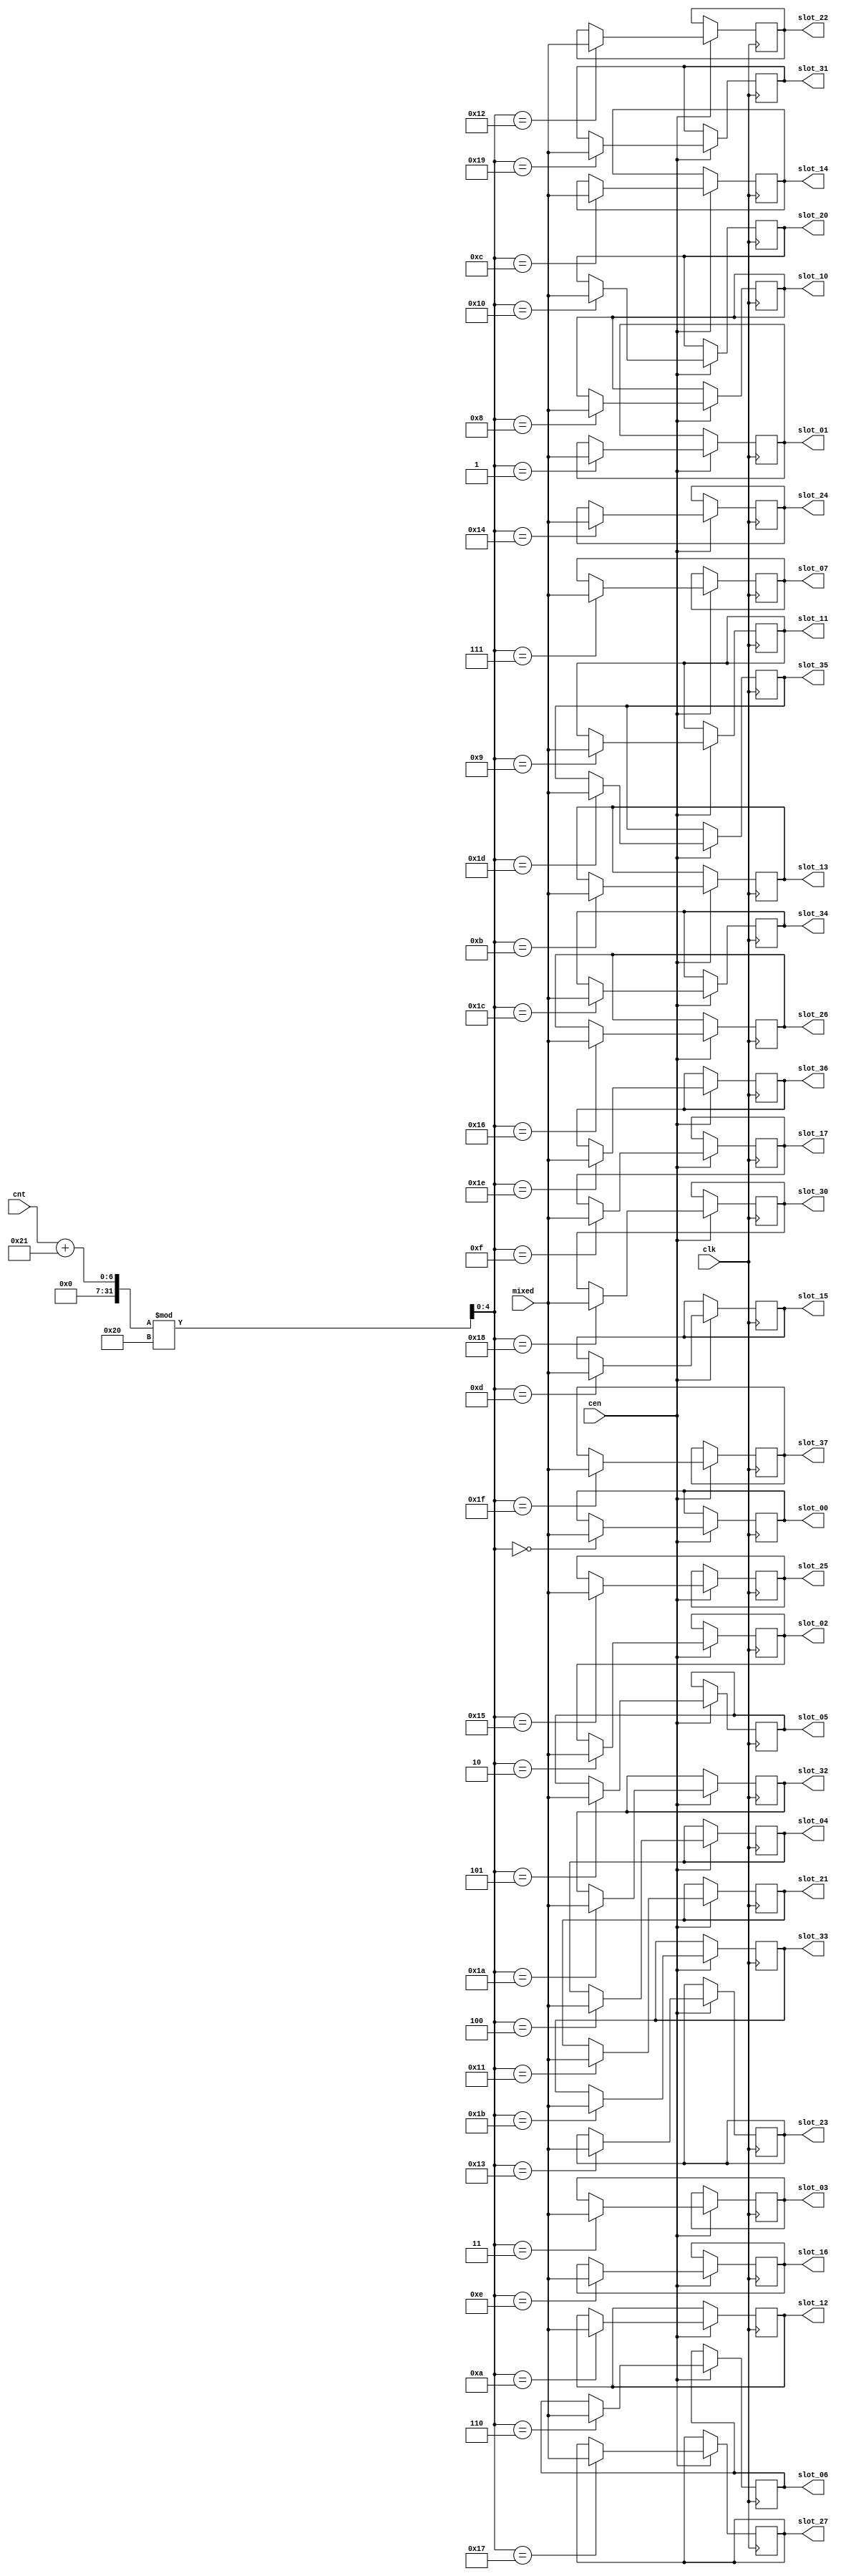
/*
  
   Multicore 2 / Multicore 2+
  
   Copyright (c) 2017-2020 - Victor Trucco

  
   All rights reserved
  
   Redistribution and use in source and synthezised forms, with or without
   modification, are permitted provided that the following conditions are met:
  
   Redistributions of source code must retain the above copyright notice,
   this list of conditions and the following disclaimer.
  
   Redistributions in synthesized form must reproduce the above copyright
   notice, this list of conditions and the following disclaimer in the
   documentation and/or other materials provided with the distribution.
  
   Neither the name of the author nor the names of other contributors may
   be used to endorse or promote products derived from this software without
   specific prior written permission.
  
   THIS CODE IS PROVIDED BY THE COPYRIGHT HOLDERS AND CONTRIBUTORS "AS IS"
   AND ANY EXPRESS OR IMPLIED WARRANTIES, INCLUDING, BUT NOT LIMITED TO,
   THE IMPLIED WARRANTIES OF MERCHANTABILITY AND FITNESS FOR A PARTICULAR
   PURPOSE ARE DISCLAIMED. IN NO EVENT SHALL THE AUTHOR OR CONTRIBUTORS BE
   LIABLE FOR ANY DIRECT, INDIRECT, INCIDENTAL, SPECIAL, EXEMPLARY, OR
   CONSEQUENTIAL DAMAGES (INCLUDING, BUT NOT LIMITED TO, PROCUREMENT OF
   SUBSTITUTE GOODS OR SERVICES; LOSS OF USE, DATA, OR PROFITS; OR BUSINESS
   INTERRUPTION) HOWEVER CAUSED AND ON ANY THEORY OF LIABILITY, WHETHER IN
   CONTRACT, STRICT LIABILITY, OR TORT (INCLUDING NEGLIGENCE OR OTHERWISE)
   ARISING IN ANY WAY OUT OF THE USE OF THIS SOFTWARE, EVEN IF ADVISED OF THE
   POSSIBILITY OF SUCH DAMAGE.
  
   You are responsible for any legal issues arising from your use of this code.
  
*//*  This file is part of JT51.

    JT51 is free software: you can redistribute it and/or modify
    it under the terms of the GNU General Public License as published by
    the Free Software Foundation, either version 3 of the License, or
    (at your option) any later version.

    JT51 is distributed in the hope that it will be useful;
    but WITHOUT ANY WARRANTY, without even the implied warranty of
    MERCHANTABILITY or FITNESS FOR A PARTICULAR PURPOSE.  See the
    GNU General Public License for more details.

    You should have received a copy of the GNU General Public License
    along with JT51.  If not, see <http://www.gnu.org/licenses/>.
    
    Author: Jose Tejada Gomez. Twitter: @topapate
    Version: 1.1
    Date: 15- 4-2016
    */

/*

parameter stg is the stage of the pipelined signal
for instance if signal is xx_VIII, then set stg to 8

*/

module sep32 #(parameter width=10, parameter stg=5'd0)
(
    input   clk,
    input   cen,
    input [width-1:0] mixed,
    input [4:0] cnt,    
    
    output reg [width-1:0]  slot_00,
    output reg [width-1:0]  slot_01,
    output reg [width-1:0]  slot_02,
    output reg [width-1:0]  slot_03,
    output reg [width-1:0]  slot_04,
    output reg [width-1:0]  slot_05,
    output reg [width-1:0]  slot_06,
    output reg [width-1:0]  slot_07,
    output reg [width-1:0]  slot_10,
    output reg [width-1:0]  slot_11,
    output reg [width-1:0]  slot_12,
    output reg [width-1:0]  slot_13,
    output reg [width-1:0]  slot_14,
    output reg [width-1:0]  slot_15,
    output reg [width-1:0]  slot_16,
    output reg [width-1:0]  slot_17,
    output reg [width-1:0]  slot_20,
    output reg [width-1:0]  slot_21,
    output reg [width-1:0]  slot_22,
    output reg [width-1:0]  slot_23,
    output reg [width-1:0]  slot_24,
    output reg [width-1:0]  slot_25,
    output reg [width-1:0]  slot_26,
    output reg [width-1:0]  slot_27,
    output reg [width-1:0]  slot_30,
    output reg [width-1:0]  slot_31,
    output reg [width-1:0]  slot_32,
    output reg [width-1:0]  slot_33,
    output reg [width-1:0]  slot_34,
    output reg [width-1:0]  slot_35,
    output reg [width-1:0]  slot_36,
    output reg [width-1:0]  slot_37 
);

reg [4:0] cntadj;

reg [width-1:0] slots[0:31] /*verilator public*/;

localparam pos0 = 33-stg;

/* verilator lint_off WIDTH */
always @(*)
    cntadj = (cnt+pos0)%32;
/* verilator lint_on WIDTH */

always @(posedge clk) if(cen) begin
    slots[cntadj] <= mixed;
    case( cntadj ) // octal numbers!
        5'o00:  slot_00 <= mixed;
        5'o01:  slot_01 <= mixed;
        5'o02:  slot_02 <= mixed;
        5'o03:  slot_03 <= mixed;
        5'o04:  slot_04 <= mixed;
        5'o05:  slot_05 <= mixed;
        5'o06:  slot_06 <= mixed;
        5'o07:  slot_07 <= mixed;
        5'o10:  slot_10 <= mixed;
        5'o11:  slot_11 <= mixed;
        5'o12:  slot_12 <= mixed;
        5'o13:  slot_13 <= mixed;
        5'o14:  slot_14 <= mixed;
        5'o15:  slot_15 <= mixed;
        5'o16:  slot_16 <= mixed;
        5'o17:  slot_17 <= mixed;
        5'o20:  slot_20 <= mixed;
        5'o21:  slot_21 <= mixed;
        5'o22:  slot_22 <= mixed;
        5'o23:  slot_23 <= mixed;
        5'o24:  slot_24 <= mixed;
        5'o25:  slot_25 <= mixed;
        5'o26:  slot_26 <= mixed;
        5'o27:  slot_27 <= mixed;
        5'o30:  slot_30 <= mixed;
        5'o31:  slot_31 <= mixed;
        5'o32:  slot_32 <= mixed;
        5'o33:  slot_33 <= mixed;
        5'o34:  slot_34 <= mixed;
        5'o35:  slot_35 <= mixed;
        5'o36:  slot_36 <= mixed;
        5'o37:  slot_37 <= mixed;
    endcase             
end
    
endmodule